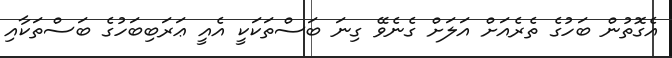
އެގޮތުން ބަހުގެ ތެރެއަށް އަލަށް ގެނެވޭ ގިނަ ބަސްތަކަކީ އެއީ ޢަރަބިބަހުގެ ބަސްތަކާއި